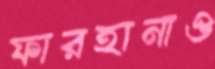
ফারহানাও